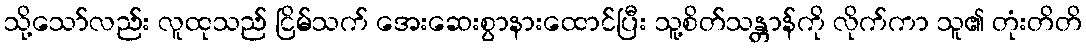
သို့သော်လည်း လူထုသည် ငြိမ်သက် အေးဆေးစွာနားထောင်ပြီး သူ့စိတ်သန္တာန်ကို လိုက်ကာ သူ၏ တုံးတိတိ